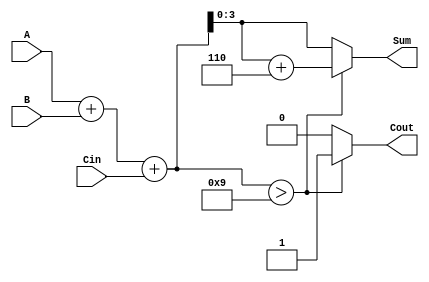
module BCD_Async_Adder (
    input  wire [3:0] A,      // First BCD digit
    input  wire [3:0] B,      // Second BCD digit
    input  wire Cin,           // Input carry
    output reg  [3:0] Sum,     // BCD Sum output
    output reg  Cout           // Output carry
);

// Internal signals
wire [4:0] preliminary_sum;   // 5-bit sum to accommodate carry
wire correction_needed;        // Flag for BCD correction

// Preliminary addition
assign preliminary_sum = A + B + Cin;

// Determine if correction is needed (if sum > 9)
assign correction_needed = preliminary_sum > 9;

// Combinational logic to compute the final BCD sum and carry-out
always @(*) begin
    if (correction_needed) begin
        // If correction is needed, add 6 (0110) to the preliminary sum
        Sum = preliminary_sum[3:0] + 4'b0110;
        Cout = 1; // Set carry-out since sum exceeds 9
    end else begin
        Sum = preliminary_sum[3:0]; // No correction needed
        Cout = 0; // No carry-out
    end
end

endmodule